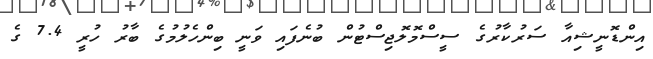
އިންޑޮނީޝިއާ ސަރުކާރުގެ ސީސްމޮލޮޖިސްޓުން ބުނެފައި ވަނީ ބިންހެލުމުގެ ބާރު ހުރީ 7.4 ގެ